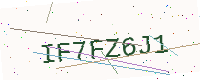
Text: IF7FZ6J1